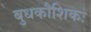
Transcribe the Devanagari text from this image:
बुधकौशिकः